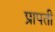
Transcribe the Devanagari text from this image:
प्रापती